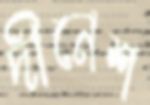
দীনেশ